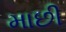
માછી